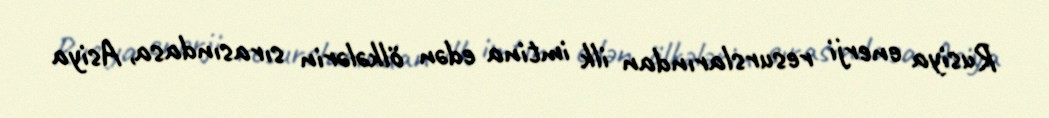
Rusiya enerji resurslarından ilk imtina edən ölkələrin sırasındasa, Asiya